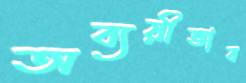
অব্যয়ীভাব